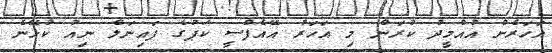
އަހަރެން އުއްމީދު ކުރަން މި އަހަރު އޭއެފްސީ ކަޕުގެ ފައިނަލް ނިއު ކުޅޭނެ